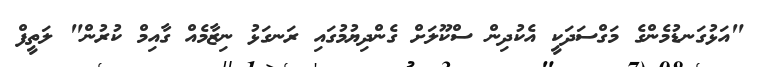
"އަޅުގަނޑުމެންގެ މަގްސަދަކީ އެކުދިން ސްކޫލަށް ގެންދިޔުމުގައި ރަނގަޅު ނިޒާމެއް ގާއިމް ކުރުން" ލަތީފް